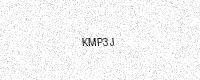
Text: KMP3J